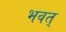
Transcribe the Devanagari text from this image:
भवत्